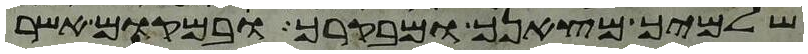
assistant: שלמיך מצאנך ומבקרך ובמקום אשר